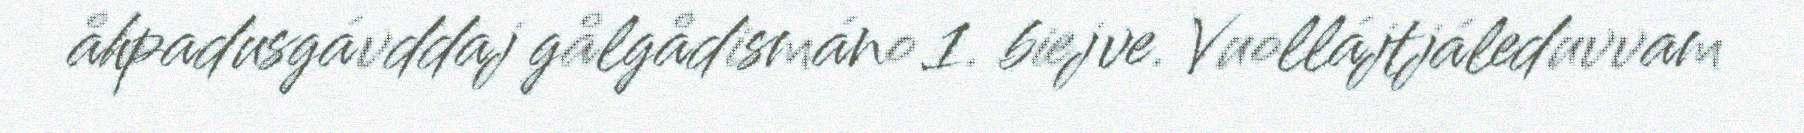
åhpadusgávddaj gålgådismáno 1. biejve. Vuollájtjáleduvvam